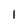
Character: l